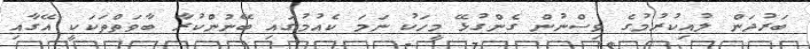
ބަރުދަން ލުއިކުރުމުގެ ވިސްނުން ގެންގުޅޭ މީހަކު ނަމަ ކެއުމުގައި ބޭނުންކުރާ ބާވަތްތަކަކީ އޭގާއި